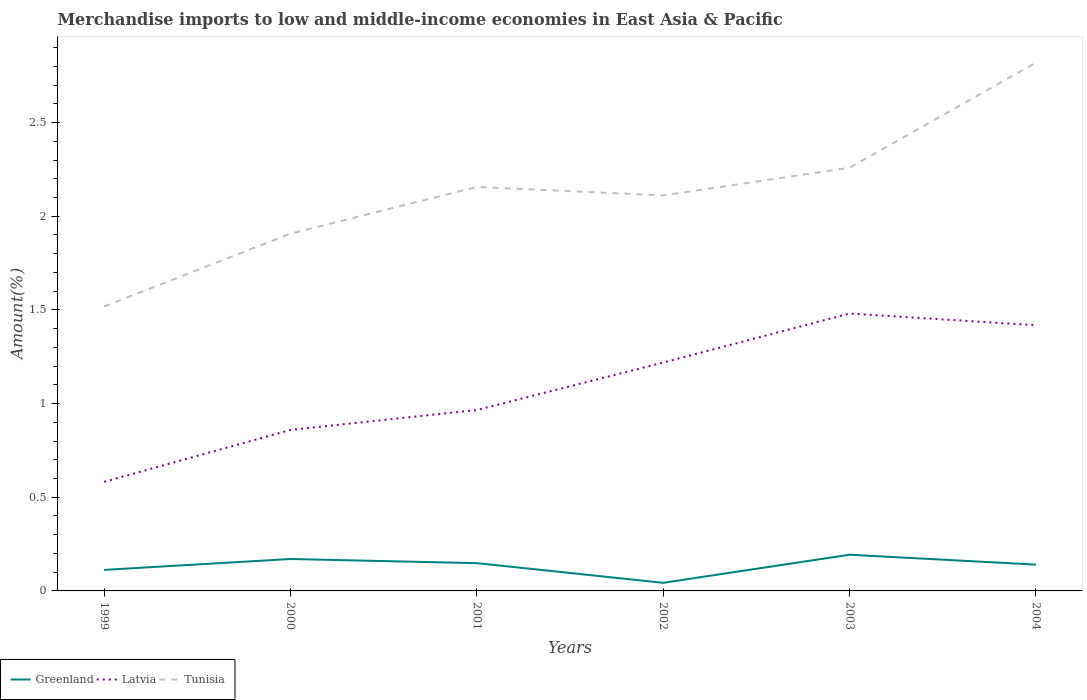
| Years | Greenland | Latvia | Tunisia |
 | --- | --- | --- | --- |
 | 1999 | 0.112 | 0.582 | 1.52 |
 | 2000 | 0.17 | 0.859 | 1.91 |
 | 2001 | 0.148 | 0.966 | 2.16 |
 | 2002 | 0.0433 | 1.22 | 2.11 |
 | 2003 | 0.193 | 1.48 | 2.26 |
 | 2004 | 0.14 | 1.42 | 2.82 |